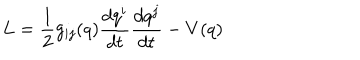
LaTeX: L = \frac { 1 } { 2 } g _ { i j } ( q ) \frac { d q ^ { i } } { d t } \frac { d q ^ { j } } { d t } - V ( q )